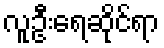
လူဦးရေဆိုင်ရာ